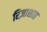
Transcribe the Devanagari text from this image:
रिज़ाशाह